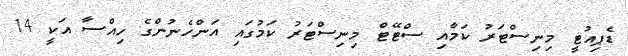
ޑެޕިއުޓީ މިނިސްޓަރު ކަމާއި ސްޓޭޓް މިނިސްޓަރު ކަމުގައި އަންހެނުންގެ ހިއްސާ އަކީ 14